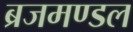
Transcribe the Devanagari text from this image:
ब्रजमण्डल